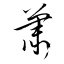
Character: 簫